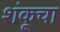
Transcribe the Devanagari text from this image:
शंकूचा